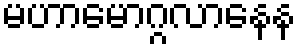
မဟာမောဂ္ဂလာနေန